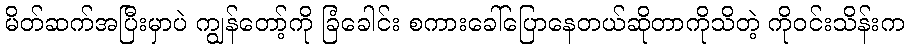
မိတ်ဆက်အပြီးမှာပဲ ကျွန်တော့်ကို ခြံခေါင်း စကားခေါ်ပြောနေတယ်ဆိုတာကိုသိတဲ့ ကိုဝင်းသိန်းက